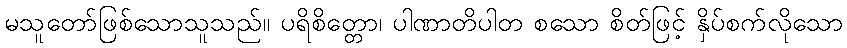
မသူတော်ဖြစ်သောသူသည်။ ပရိစိတ္တော၊ ပါဏာတိပါတ စသော စိတ်ဖြင့် နှိပ်စက်လိုသော